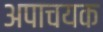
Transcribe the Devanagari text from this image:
अपाचयक